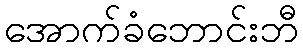
အောက်ခံဘောင်းဘီ